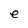
Character: e